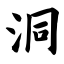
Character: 洞